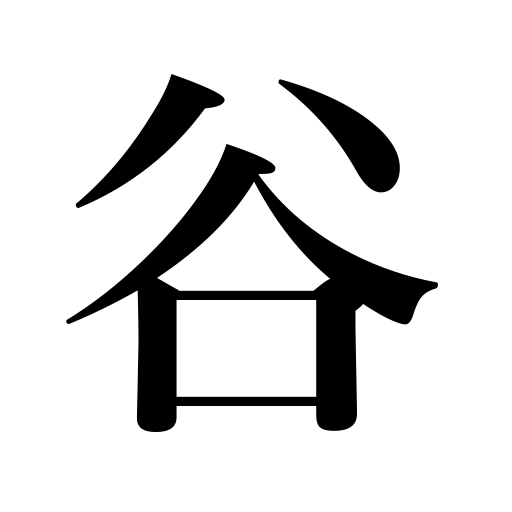
Meanings: valley,trough in atmospheric pressure,ravine,trough of a wave,dale